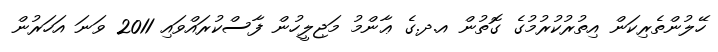
ހޭލުންތެރިކަން އިތުރުކުރުމުގެ ގޮތުން އ.ދ.ގެ ޢާންމު މަޖިލީހުން ފާސްކުރައްވައި 2011 ވަނަ އަހަރުން